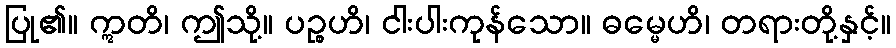
ပြု၏။ ဣတိ၊ ဤသို့။ ပဉ္စဟိ၊ ငါးပါးကုန်သော။ ဓမ္မေဟိ၊ တရားတို့နှင့်။